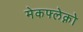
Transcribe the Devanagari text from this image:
मेकफ्लेक्नो